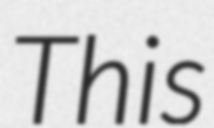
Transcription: This